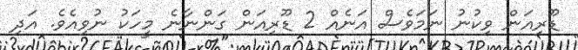
ޑޫރިއަން ވިކުނު ނަމަވެސް އަނެއް 2 ޑޫރިއަން ގަންނާނެ މީހަކު ނުވިއެވެ. އަދި